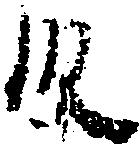
段